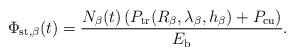
LaTeX: \begin{align*}\Phi_{\rm{st},\beta}(t) = \frac{N_\beta(t)\left(P_{\rm{tr}}(R_{\beta}, \lambda_{\beta}, h_\beta) + P_{\rm{cu}}\right)}{E_{\rm{b}}}.\end{align*}